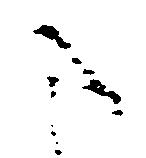
こ